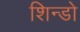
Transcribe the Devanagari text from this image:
शिन्डो